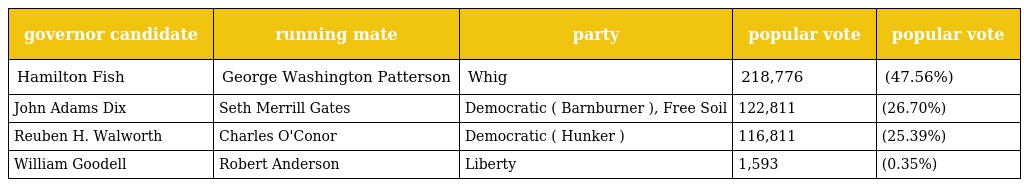
| governor candidate | running mate | party | popular vote | popular vote |
 | --- | --- | --- | --- | --- |
 | Hamilton Fish | George Washington Patterson | Whig | 218,776 | (47.56%) |
 | John Adams Dix | Seth Merrill Gates | Democratic ( Barnburner ), Free Soil | 122,811 | (26.70%) |
 | Reuben H. Walworth | Charles O'Conor | Democratic ( Hunker ) | 116,811 | (25.39%) |
 | William Goodell | Robert Anderson | Liberty | 1,593 | (0.35%) |